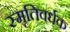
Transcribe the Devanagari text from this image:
स्मृतिवर्धक